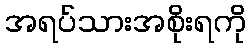
အရပ်သားအစိုးရကို